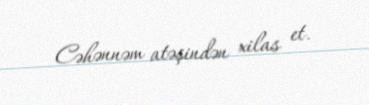
Cəhənnəm atəşindən xilas et.